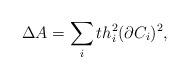
LaTeX: \begin{align*}\Delta A=\sum _{i}th_{i}^{2}(\partial C_{i})^{2}, \end{align*}